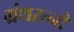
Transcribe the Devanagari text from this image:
ग्रंथरत्नों